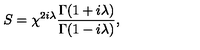
S = \chi ^ { 2 i \lambda } \frac { \Gamma ( 1 + i \lambda ) } { \Gamma ( 1 - i \lambda ) } ,